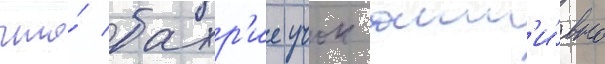
что́ бахр'ие учок акт'и́вно